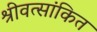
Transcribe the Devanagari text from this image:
श्रीवत्सांकित